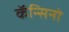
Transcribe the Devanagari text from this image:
कॅन्सिनो